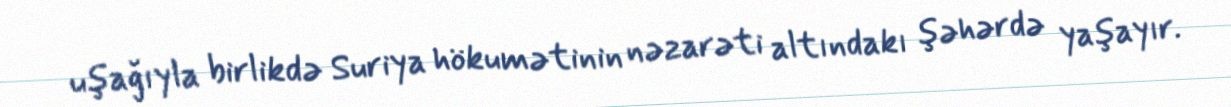
uşağıyla birlikdə Suriya hökumətinin nəzarəti altındakı şəhərdə yaşayır.